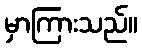
မှာကြားသည်။